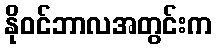
နိုဝင်ဘာလအတွင်းက